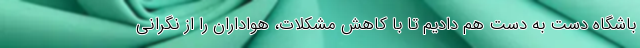
باشگاه دست به دست هم دادیم تا با کاهش مشکلات، هواداران را از نگرانی